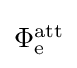
{\textstyle \Phi _{\mathrm {e} }^{\mathrm {att} }}